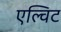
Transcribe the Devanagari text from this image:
एल्विट